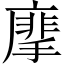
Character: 𢳁